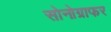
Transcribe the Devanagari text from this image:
सोनोग्राफर